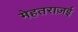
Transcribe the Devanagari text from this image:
मेहतराज़ई